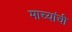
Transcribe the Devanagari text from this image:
माच्यांची